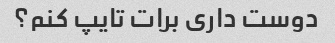
دوست داری برات تایپ کنم؟